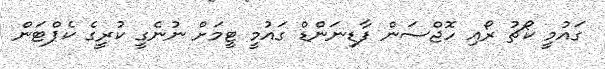
ގައުމީ ކޯޗު ރޯއި ހޮޖްސަން ފާޑިނަންޑް ގައުމީ ޓީމަށް ނުނެގީ ކުރީގެ ކެޕްޓަން